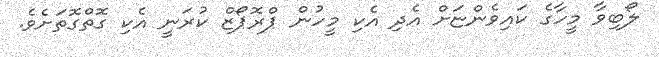
ލޯބިވާ މީހާގެ ކައިވެންޏަށް އެދި އެކި މީހުން ޕްރޮޕޯޒް ކުރަނީ އެކި ގޮތްގޮތަށެވެ.